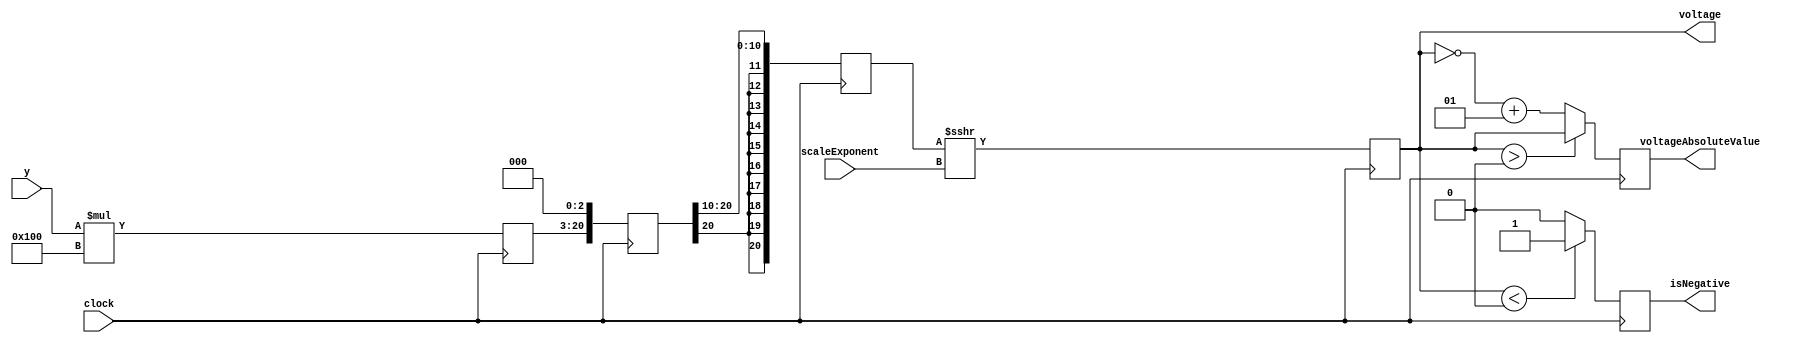
`timescale 1ns / 1ps
module YPixelToVoltage
    #(parameter VOLTAGE_BITS = 12,
                DISPLAY_Y_BITS = 12,
                SCALE_EXPONENT_BITS = 4,
                Y_ZERO_VOLTS = 384,
                PIXELS_RELATIVE_TO_ZERO_VOLTS_TIMES_250_BITS = 18,
                PIXELS_RELATIVE_TO_ZERO_VOLTS_TIMES_250_BITS_TIMES_DEFAULT_SCALE = 21,
                DEFAULT_SCALE_VOLTAGE_RANGE = 10'sd256,
                DISPLAY_HEIGHT = 768,
                DISPLAY_HEIGHT_EXPONENT = 10,
                SCALE_TIMES_DISPLAY_HEIGHT_BITS = 20,
                SCALE_FACTOR_SIZE = 10)
    (
    input clock,
    input signed [DISPLAY_Y_BITS-1:0] y,
    input [SCALE_EXPONENT_BITS-1:0] scaleExponent,  //scale=8 -> scaleExponent=3
 //   input [SCALE_FACTOR_SIZE-1:0] scale,
    output reg signed [VOLTAGE_BITS-1:0] voltage,
    output reg [VOLTAGE_BITS-1:0] voltageAbsoluteValue,
    output reg isNegative  //0 if positive 1 if negative
    );
    
    reg signed [PIXELS_RELATIVE_TO_ZERO_VOLTS_TIMES_250_BITS-1:0] pixelsRelativeToZeroVoltsTimesVoltageRange;
    reg signed [PIXELS_RELATIVE_TO_ZERO_VOLTS_TIMES_250_BITS_TIMES_DEFAULT_SCALE-1:0] pixelsRelativeToZeroVoltsTimesVoltageRangeTimesDefaultScale;
    reg signed [PIXELS_RELATIVE_TO_ZERO_VOLTS_TIMES_250_BITS_TIMES_DEFAULT_SCALE-1:0] pixelsRelativeToZeroVoltsTimesVoltageRangeTimesDefaultScaleDividedByDisplayHeight;
    
    always @(posedge clock) begin
        //voltage = y*DEFAULT_VOLTAGE_RANGE*DEFAULT_SCALE/(DISPLAY_HEIGHT*scale)
        //voltage = y*250*8/(1,024*scale)
    
        //cycle 0
        pixelsRelativeToZeroVoltsTimesVoltageRange <= y * DEFAULT_SCALE_VOLTAGE_RANGE;
        
        //cycle 1
        pixelsRelativeToZeroVoltsTimesVoltageRangeTimesDefaultScale <= pixelsRelativeToZeroVoltsTimesVoltageRange <<< 3;  //multiply by 8 (DEFAULT_SCALE = 8)
        
        //cycle 2
        pixelsRelativeToZeroVoltsTimesVoltageRangeTimesDefaultScaleDividedByDisplayHeight <= 
                                        pixelsRelativeToZeroVoltsTimesVoltageRangeTimesDefaultScale >>> DISPLAY_HEIGHT_EXPONENT;
                                        
        //cycle 3
        voltage <= pixelsRelativeToZeroVoltsTimesVoltageRangeTimesDefaultScaleDividedByDisplayHeight >>> scaleExponent;
        
        //cycle 4
        isNegative <= (voltage < 0) ? 1'b1 : 1'b0;
        voltageAbsoluteValue <= (voltage > 0) ? voltage : ((~voltage) + 1);
    end
    
endmodule